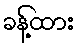
ခန့်ထား